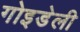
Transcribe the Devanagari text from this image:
गोइडेली